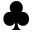
\clubsuit